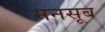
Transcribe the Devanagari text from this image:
मनसूब